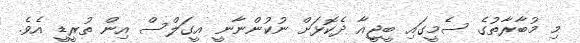
މި މުބާރާތުގެ ސެމީގައި ބީޖީއާ ދެކޮޅަށް ނުކުންނާނީ އީގަލްސް އިން ތުރީޑީ އެވެ.